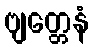
ဗျတ္တေနံ